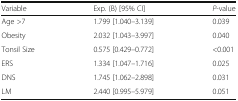
<table><thead><tr><td><b>Variable</b></td><td><b>Exp. (B) [95% CI]</b></td><td><b><i>P</i>-value</b></td></tr></thead><tbody><tr><td>Age &gt;7</td><td>1.799 [1.040–3.139]</td><td>0.039</td></tr><tr><td>Obesity</td><td>2.032 [1.043–3.997]</td><td>0.040</td></tr><tr><td>Tonsil Size</td><td>0.575 [0.429–0.772]</td><td>&lt;0.001</td></tr><tr><td>ERS</td><td>1.334 [1.047–1.716]</td><td>0.025</td></tr><tr><td>DNS</td><td>1.745 [1.062–2.898]</td><td>0.031</td></tr><tr><td>LM</td><td>2.440 [0.995–5.979]</td><td>0.051</td></tr></tbody></table>